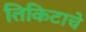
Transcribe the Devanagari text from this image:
तिकिटाचे